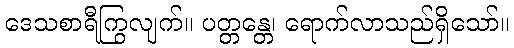
ဒေသစာရီကြွလျက်။ ပတ္တန္တေ၊ ရောက်လာသည်ရှိသော်။